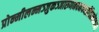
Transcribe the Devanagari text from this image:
प्रोन्मीलन्मञ्जुकञ्जारुणनवनयनव्रीडितानेककाम।